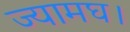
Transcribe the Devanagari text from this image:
ज्यामघ।